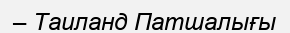
– Таиланд Патшалығы